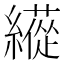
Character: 𦆬